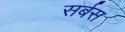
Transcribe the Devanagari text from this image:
सर्बस